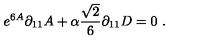
e ^ { 6 A } \partial _ { 1 1 } A + \alpha { \frac { \sqrt { 2 } } { 6 } } \partial _ { 1 1 } D = 0 \ .